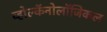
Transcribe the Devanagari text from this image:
व्होल्कॅनोलॉजिकल